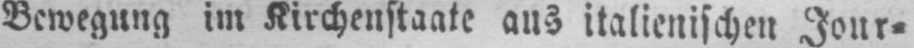
Bewegung im Kirchenstaate aus italienischen Jour⸗